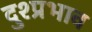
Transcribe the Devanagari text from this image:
दुश्प्रभाव